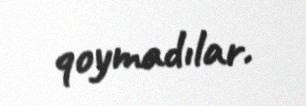
qoymadılar.